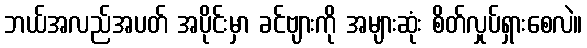
ဘယ်အလည်အပတ် အပိုင်းမှာ ခင်ဗျားကို အများဆုံး စိတ်လှုပ်ရှားစေလဲ။